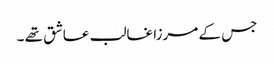
جس کے مرزا غالب عاشق تھے ۔